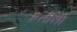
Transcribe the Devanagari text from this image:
हत्तींशी